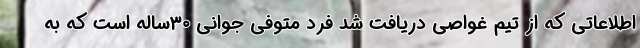
اطلاعاتی که از تیم غواصی دریافت شد فرد متوفی جوانی ۳۰ساله است که به